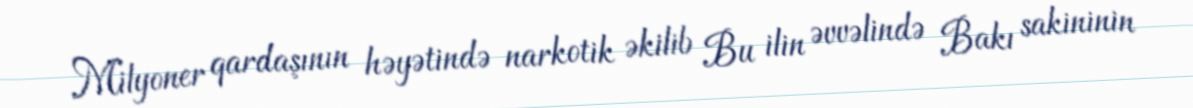
Milyoner qardaşının həyətində narkotik əkilib Bu ilin əvvəlində Bakı sakininin